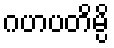
ဂဟပတိမ္ပိ